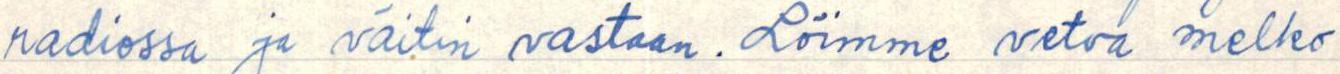
radiossa ja väitin vastaan. Löimme vetoa melko